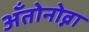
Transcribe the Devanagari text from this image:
अँतोनोव्ना